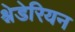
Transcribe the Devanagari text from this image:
श्नेडेरियन